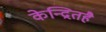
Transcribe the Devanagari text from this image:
केन्द्रितहै